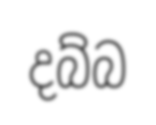
දබ්බ